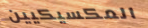
المكسيكيين